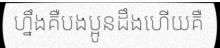
ហ្នឹងគឺបងប្អូនដឹងហើយគឺ